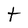
Character: t